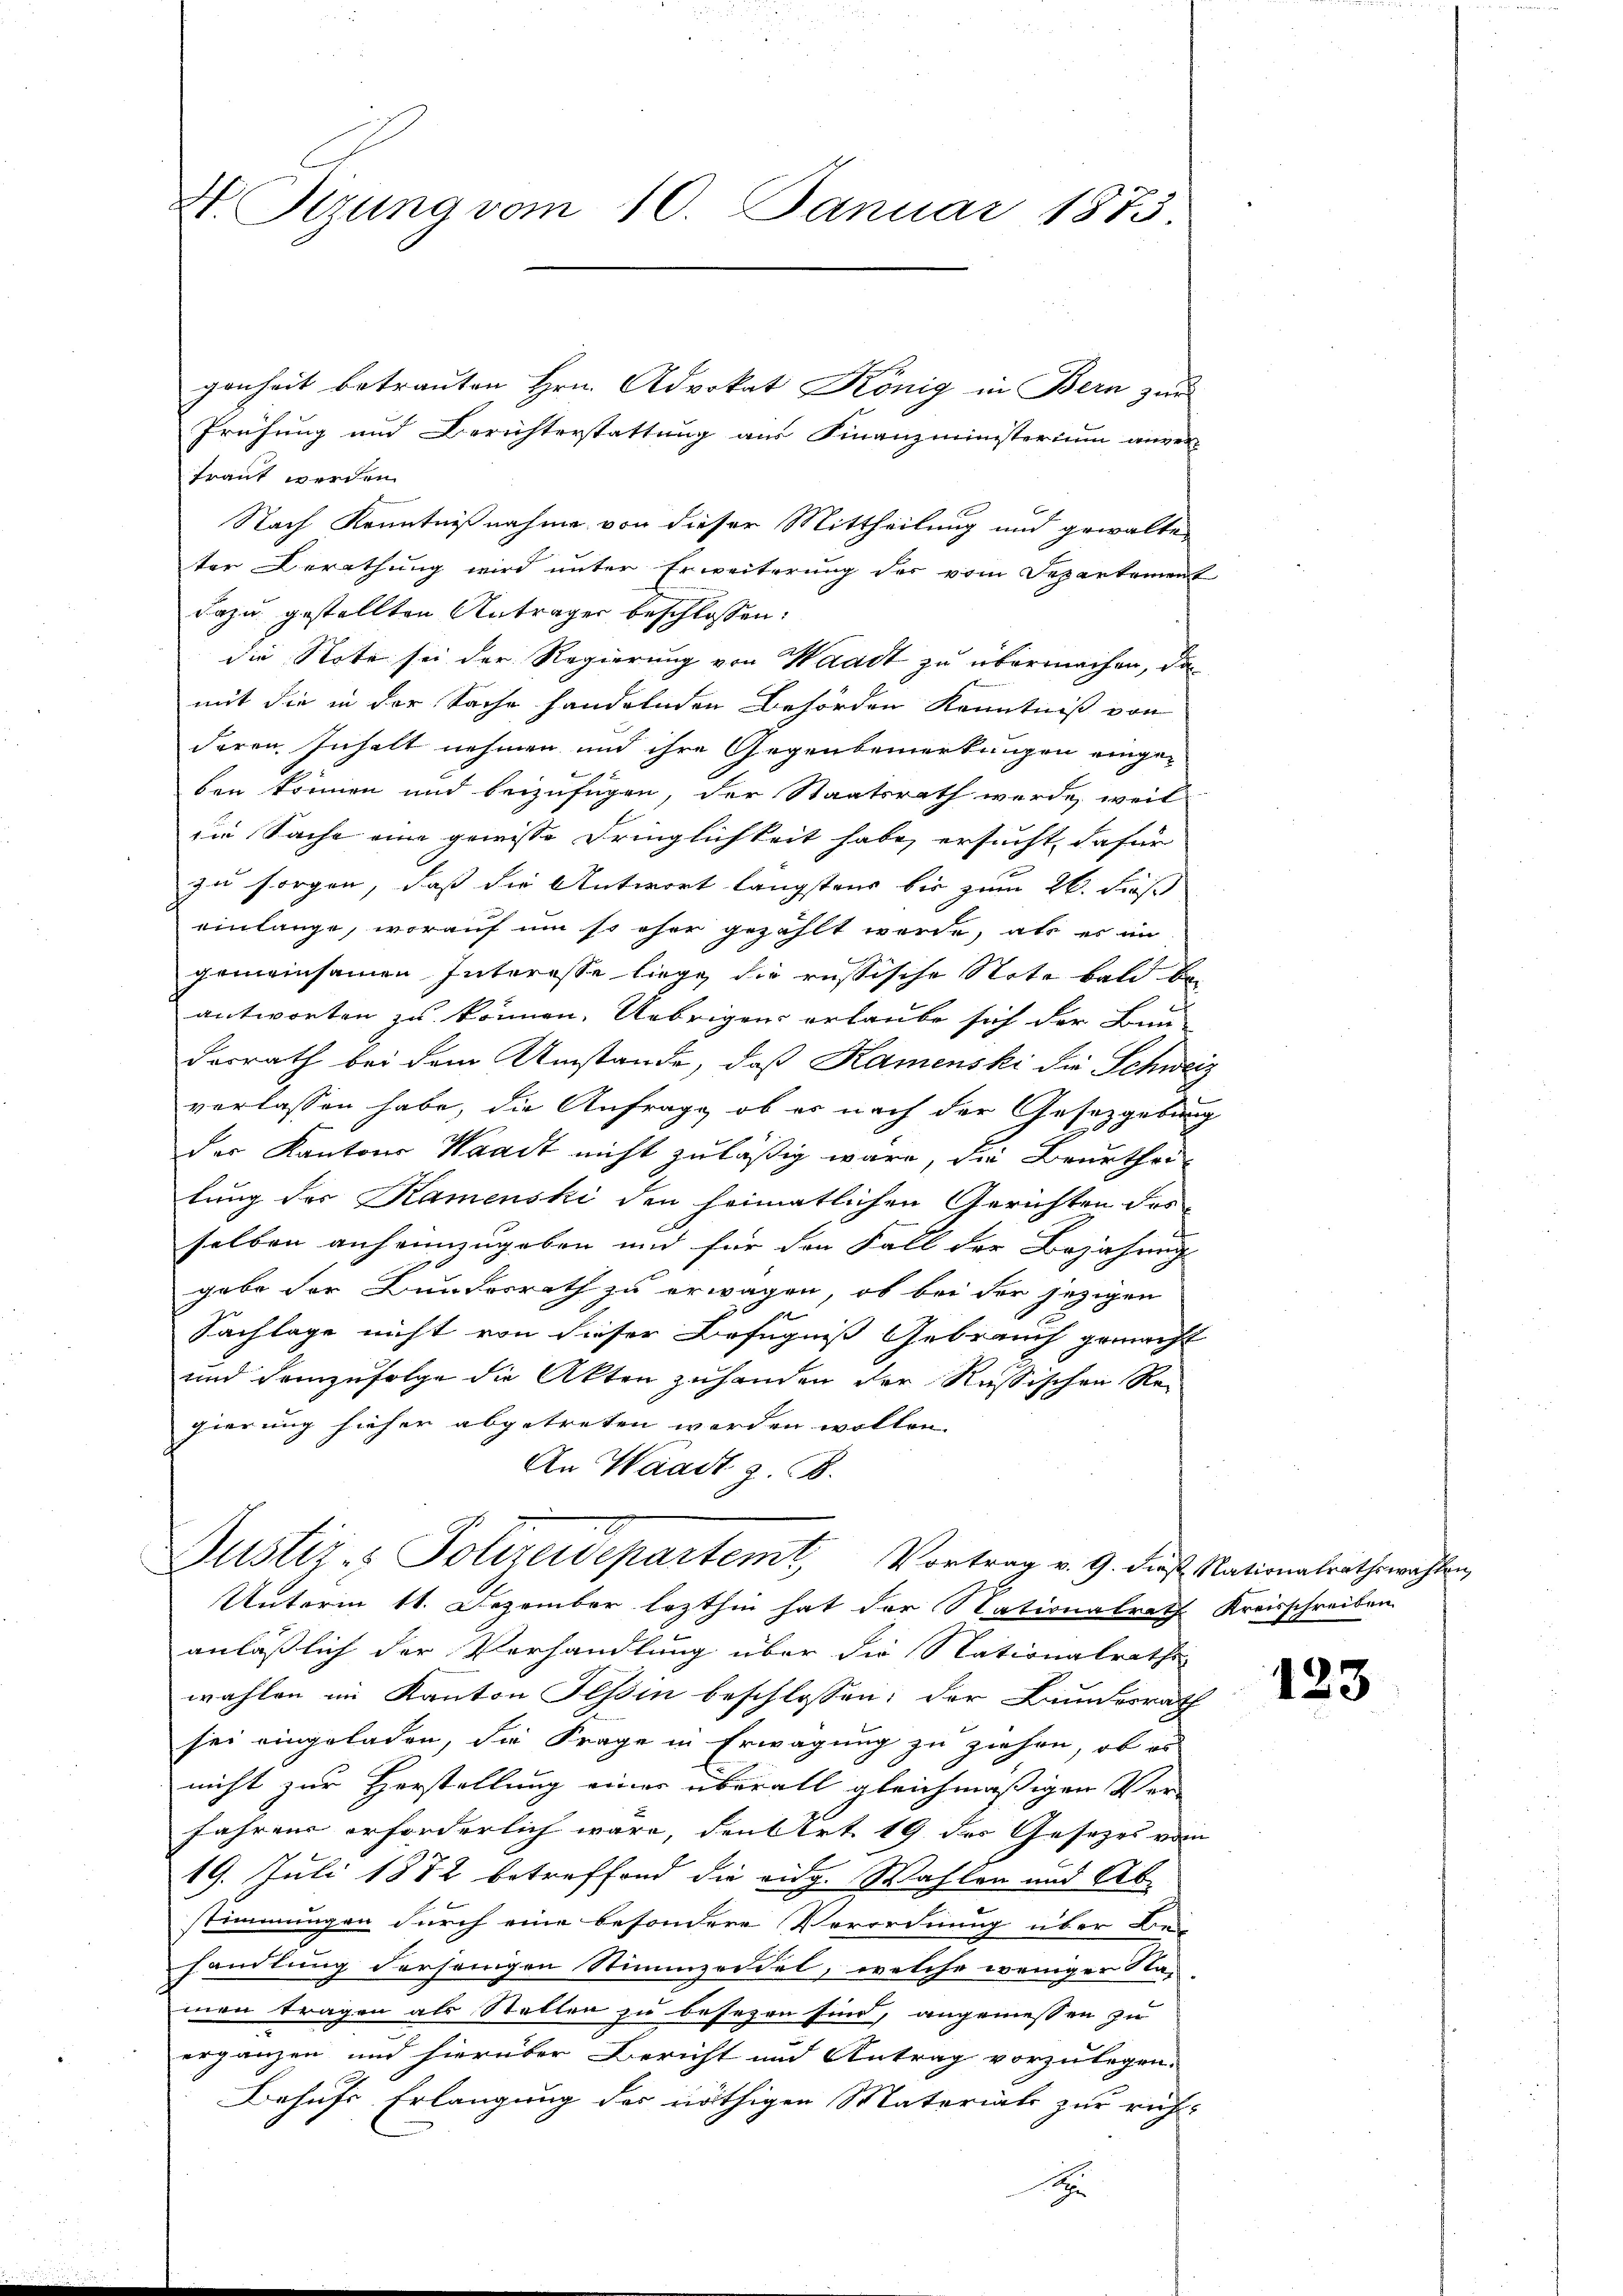
genheit betrauten Hrn. Advokat König in Bern zur
Prüfung und Berichterstattung aus Finanzministerium anver-
traut werden.
Nach Kenntnißnahme von dieser Mittheilung und gewalteter Berathung wird unter Erweiterung der vom Departement
dazu gestellten Anträger beschlossen:
die Note sei der Regierung von Waadt zu übermachen, das
mit die in der Sache handelnden Behörden Kenntniß von
deren Inhalt nehmen und ihre Gegenbemerkungen eingeben können und beizufügen, der Staatsrath werde, weit
die Sache eine gewisse Dringlichkeit habe, ersucht, dafür
zu sorgen, daß die Antwort längstens bis zum 26. Fuß
einlange, worauf um so eher gezählt werde, als es in
gemeinsamen Interesse liege, die russische Note bald bei
antworten zu können. Uebrigen erlaube sich der Bau-
dorrath bei dem Umstände, daß Kamenski die Schweiz
verlassen habe, die Anfrage, ob es nach der Gesetzgebung
der Kantons Waadt nicht zuläßig wäre, die Beurthei-
lung der Kamenski den heimatlichen Gerichten des
selben anheimzugeben und für den Fall der Bejahung
gabe der Bundesrath zu erwagen, ob bei der jezigen
Sachlage nicht von dieser Befugniß Gebrauch gemacht
und demzufolge die Akten zuhanden der Russischen Re-
gierung hieher abgetreten werden wollen.
An Waadt z. B.

W. Tizung vom 10. Januar 1873

Justiz- & Polizeidepartemt, Vortrag v. 9. dieß Nationalrathswahlen
Unterm 11. Dezember lezthin hat der Nationalrath Kreisschreiben

anläßlich der Verhandlung über die Stationalrathe
wahlen im Kanton Tessin beschlossen: der Bundesrath
sei eingeladen, die Frage in Erwägung zu ziehen, ob es
nicht zur Herstellung einer überall gleichmäßigen Verfahrens erforderlich wäre, den Art. 19 der Gesetzes vom
19. Juli 1882 betreffend die eidg. Wahlen und Ab-
stimmungen durch eine besondere Verordnung über Be-
handlung dersenigen Stimmzeidel, welche weniger Na-
men tragen als Stellen zu besezen sind, angemessen zu
ergänzen und hierüber Bericht und Antrag vorzulegen.
Behufs Erlangung des nöthigen Materials zur richt-
x

123